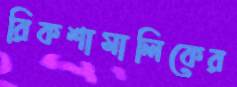
রিকশামালিকের